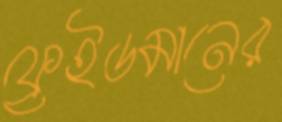
ফ্রেইডমানের